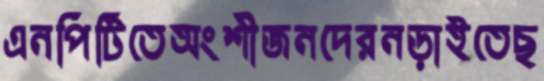
এনপিটিতেঅংশীজনদেরনড়াইতেছ